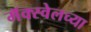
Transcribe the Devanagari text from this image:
मॅक्स्वेलच्या